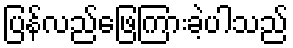
ပြန်လည်ဖြေကြားခဲ့ပါသည်